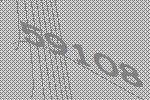
59108